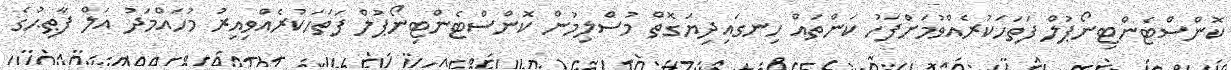
ކޮންސްޓެންޓިނޯޕުލް ފަތަހަކުރެއްވުމަށްފަހު ކަންތައް ހިނގައިދިޔަގޮތް މުސްލިމުން ކޮންސްޓެންޓިނޯޕުލް ފަތަހަކުރެއްވިއިރު މުހައްމަދު އަލް ފާޠިޙުގެ